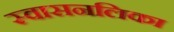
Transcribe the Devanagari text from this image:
स्वासनलिका